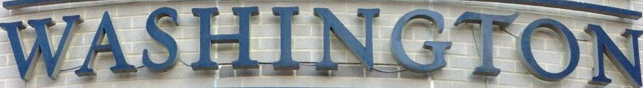
WASHINGTON